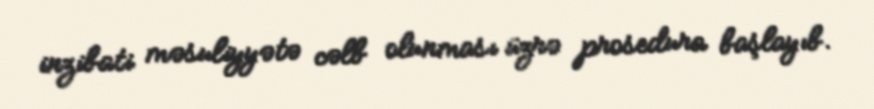
inzibati məsuliyyətə cəlb olunması üzrə prosedura başlayıb.